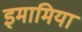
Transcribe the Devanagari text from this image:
इमामिया